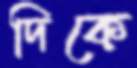
দিকে